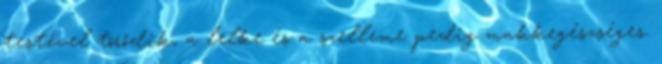
testével törődik, a lelke és a szelleme pedig makkegészséges.